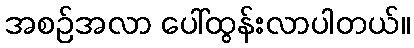
အစဉ်အလာ ပေါ်ထွန်းလာပါတယ်။